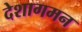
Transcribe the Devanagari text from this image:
देशागमन